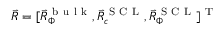
\vec { R } = [ \vec { R } _ { \Phi } ^ { \mathrm { ~ b ~ u ~ l ~ k ~ } } , \vec { R } _ { c } ^ { \mathrm { ~ S ~ C ~ L ~ } } , \vec { R } _ { \Phi } ^ { \mathrm { ~ S ~ C ~ L ~ } } ] ^ { \mathrm { ~ T ~ } }